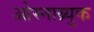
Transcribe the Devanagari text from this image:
ओस्नाब्र्युक